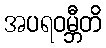
အပရဝမ္ဘီတိ